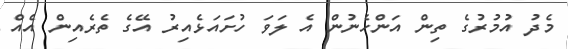
މެދު އުމުރުގެ ތިން އަންހެނުން އެ ލަވަ ހުށައަޅެއިރު އޭގެ ތެރެއިން އެއް